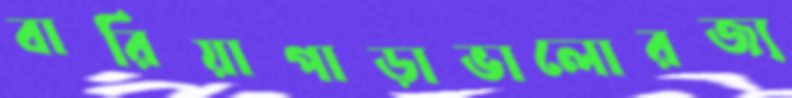
বারিয়াপাড়াভালোরজ্য